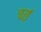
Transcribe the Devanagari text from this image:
चर्त